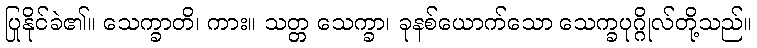
ပြုနိုင်ခဲ၏။ သေက္ခာတိ၊ ကား။ သတ္တ သေက္ခာ၊ ခုနစ်ယောက်သော သေက္ခပုဂ္ဂိုလ်တို့သည်။